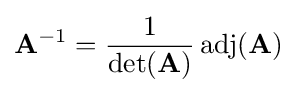
\mathbf {A} ^{-1}={\frac {1}{\det(\mathbf {A} )}}\operatorname {adj} (\mathbf {A} )